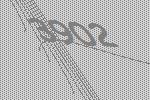
3902